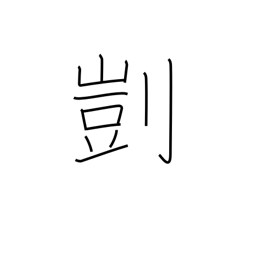
Meaning: suitability